Indian journal of veterinary science and animal husbandry - Volumes 15-17, 1948-1951
Year: 1948
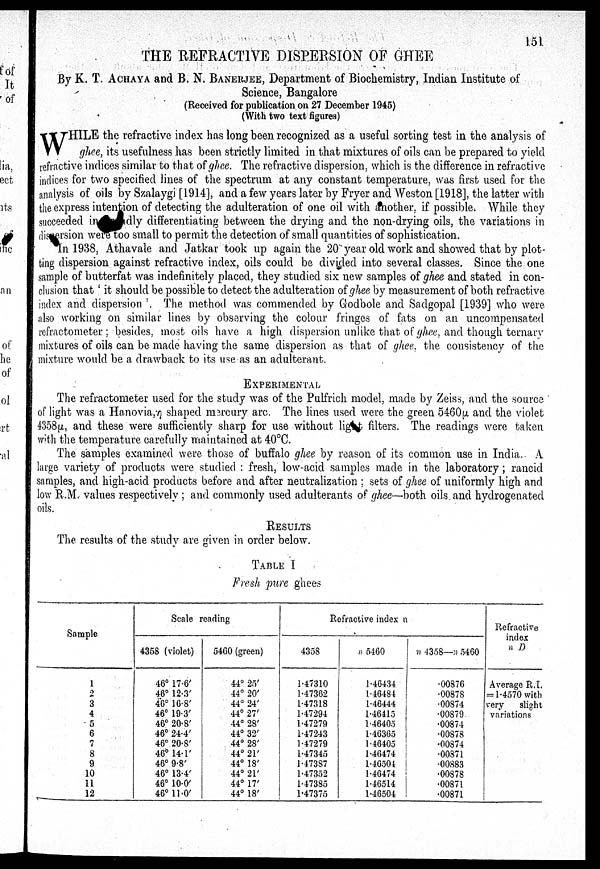
151
THE REFRACTIVE DISPERSION OF GHEE
By K. T. ACHAYA and B. N. BANERJEE, Department of Biochemistry, Indian Institute of
Science, Bangalore
(Received for publication on 27 December 1945)
(With two text figures)
W HILE the refractive index has long been recognized as a useful sorting test in the analysis of
ghee, its usefulness has been strictly limited in that mixtures of oils can be prepared to yield
refractive indices similar to that of ghee. The refractive dispersion, which is the difference in refractive
indices for two specified lines of the spectrum at any constant temperature, was first used for the
analysis of oils by Szalaygi [1914], and a few years later by Fryer and Weston [1918], the latter with
the express intention of detecting the adulteration of one oil with another, if possible, While they
succeeded in
dly differentiating between the drying and the non-drying oils, the variations in
dis ersion were too small to permit the detection of small quantities of sophistication.
In 1938, Athavale and Jatkar took up again the 20 year old work and showed that by plot
ting dispersion against refractive index, oils could be divided into several classes. Since the one
sample of butterfat was indefinitely placed, they studied six new samples of ghee and stated in con
clusion that 'it should be possible to detect the adulteration of ghee by measurement of both refractive
index and dispersion '. The method was commended by Godbole and Sadgopal [1939] who were
also working on similar lines by observing the colour fringes of fats on. an uncompensated
refracto meter ; besides, most oils have a high dispersion unlike that of ghee, and though teniary
mixtures of oils can be made having the same dispersion as that of ghee, the consistency of the
mixture would be a drawback to its use as an adulterant.
EXPERIMENTAL
The refractometer used for the study was of the Pulfrich model, made by Zeiss, and the source
of light was a Hanovia, η shaped mercury arc. The lines used were the green 5460µ and the violet
4358µ, and these were sufficiently sharp for use without light filters. The readings were taken
with the temperature carefully maintained at 40°C.
The samples examined were those of buffalo ghee by reason of its common use in India. A
large variety of products were studied : fresh, low-acid samples made in the laboratory; rancid
samples, and high-acid products before and after neutralization ; sets of ghee of uniformly high and
low R.M. values respectively ; and commonly used adulterants of ghee—both oils and hydrogenated
oils.
RESULTS
The results of the study are given in order below.
TABLE I
Fresh pure ghees
Sample
1
2
3
4
5
6
7
8
9
10
11
12
Scale reading
4358 (violet)
46° 17.6'
46° 12.3'
46° 16.8'
46° 19.3'
46° 20.8'
46° 24.4'
46° 20.8'
46° 14.1'
46° 9.8'
46° 13.4'
46° 10.0'
46° 11.0'
5460 (green)
44° 25'
44° 20'
44° 24'
44° 27'
44° 28'
44° 32'
44° 28'
44° 21'
44° 18'
44° 21'
44° 17'
44° 18'
Refractive index n
4358
1.47310
1.47362
1.47318
1.47294
1.47279
1.47243
1.47279
1.47345
1.47387
1.47352
1.47385
1.47375
n 5460
1.46434
1.46484
1.46444
1.46415
1.46405
1.16365
1.46405
1.46474
1.40504
1.46474
1.46514
1.46504
n 4358—n 5460
.00876
.00878
.00874
.00879
.00874
.00878
.00874
.00871
.00883
.00878
.00871
.00871
Refractive
index
n D
Average R.I,
= 1.4570 with
very
slight
variations